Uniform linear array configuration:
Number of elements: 4
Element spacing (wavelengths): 0.25
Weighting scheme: binomial
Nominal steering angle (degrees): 0
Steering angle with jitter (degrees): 0.1243
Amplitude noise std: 0.05
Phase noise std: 0.05

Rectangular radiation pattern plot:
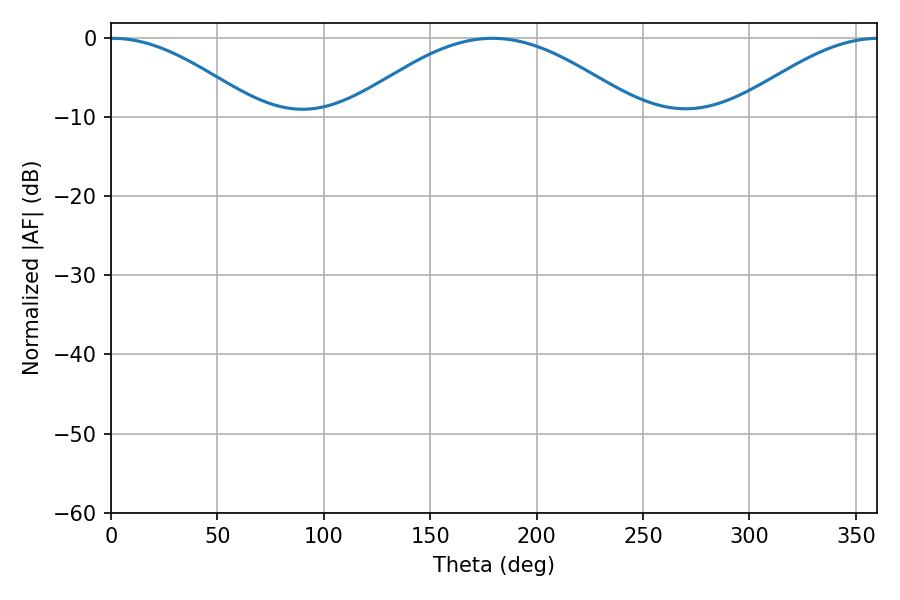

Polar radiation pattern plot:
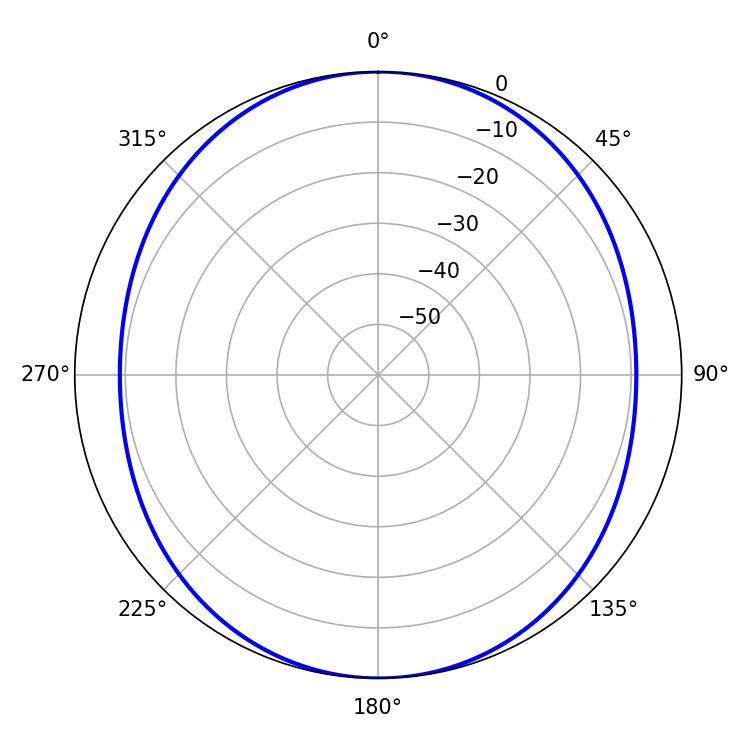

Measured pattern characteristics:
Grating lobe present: FALSE
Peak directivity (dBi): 20.823
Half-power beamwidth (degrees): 37.62
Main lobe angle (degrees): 0.72